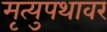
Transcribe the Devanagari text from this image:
मृत्युपथावर